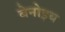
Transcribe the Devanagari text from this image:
बेनोइय